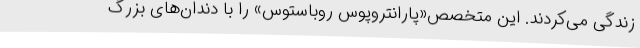
زندگی می‌کردند. این متخصص«پارانتروپوس روباستوس» را با دندان‌های بزرگ